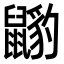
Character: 𪕺